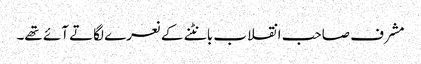
مشرف صاحب انقلاب بانٹنے کے نعرے لگاتے آئے تھے۔